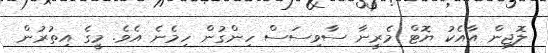
ލޮޖިން އާއެކު ޔޮޓް މެރީނާ ސާވިސަސް ހިންގުން ހިމެނެ އެވެ. މީގެ އިތުރުން